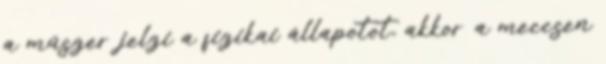
a műszer jelzi a fizikai állapotot, akkor a meccsen